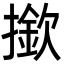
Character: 撳